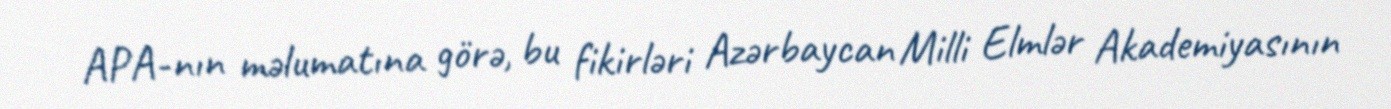
APA-nın məlumatına görə, bu fikirləri Azərbaycan Milli Elmlər Akademiyasının